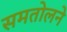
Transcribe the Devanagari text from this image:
समतोलने